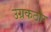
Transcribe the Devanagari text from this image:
उग्रकठोर